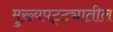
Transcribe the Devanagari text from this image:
मुख्यपट्ट्यातील